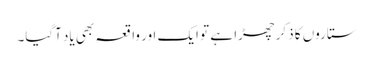
ستاروں کا ذکر چھڑا ہے تو ایک اور واقعہ بھی یاد آگیا۔